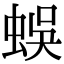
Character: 蜈